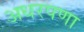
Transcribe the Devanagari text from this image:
अधरपणा